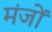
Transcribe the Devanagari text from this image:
मंजों